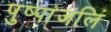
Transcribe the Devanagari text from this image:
पुष्पांजलिं